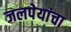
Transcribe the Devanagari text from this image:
जलपेयांचा